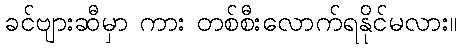
ခင်ဗျားဆီမှာ ကား တစ်စီးလောက်ရနိုင်မလား။